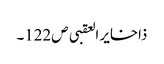
ذاخایر العقبی ص122۔